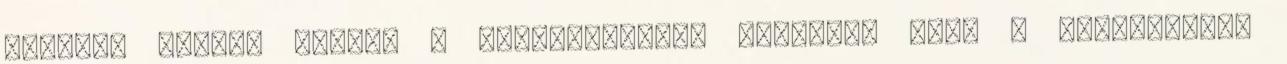
esetben pedig, amikor a fogyasztásunk nagyobb, mint a megtermelt,